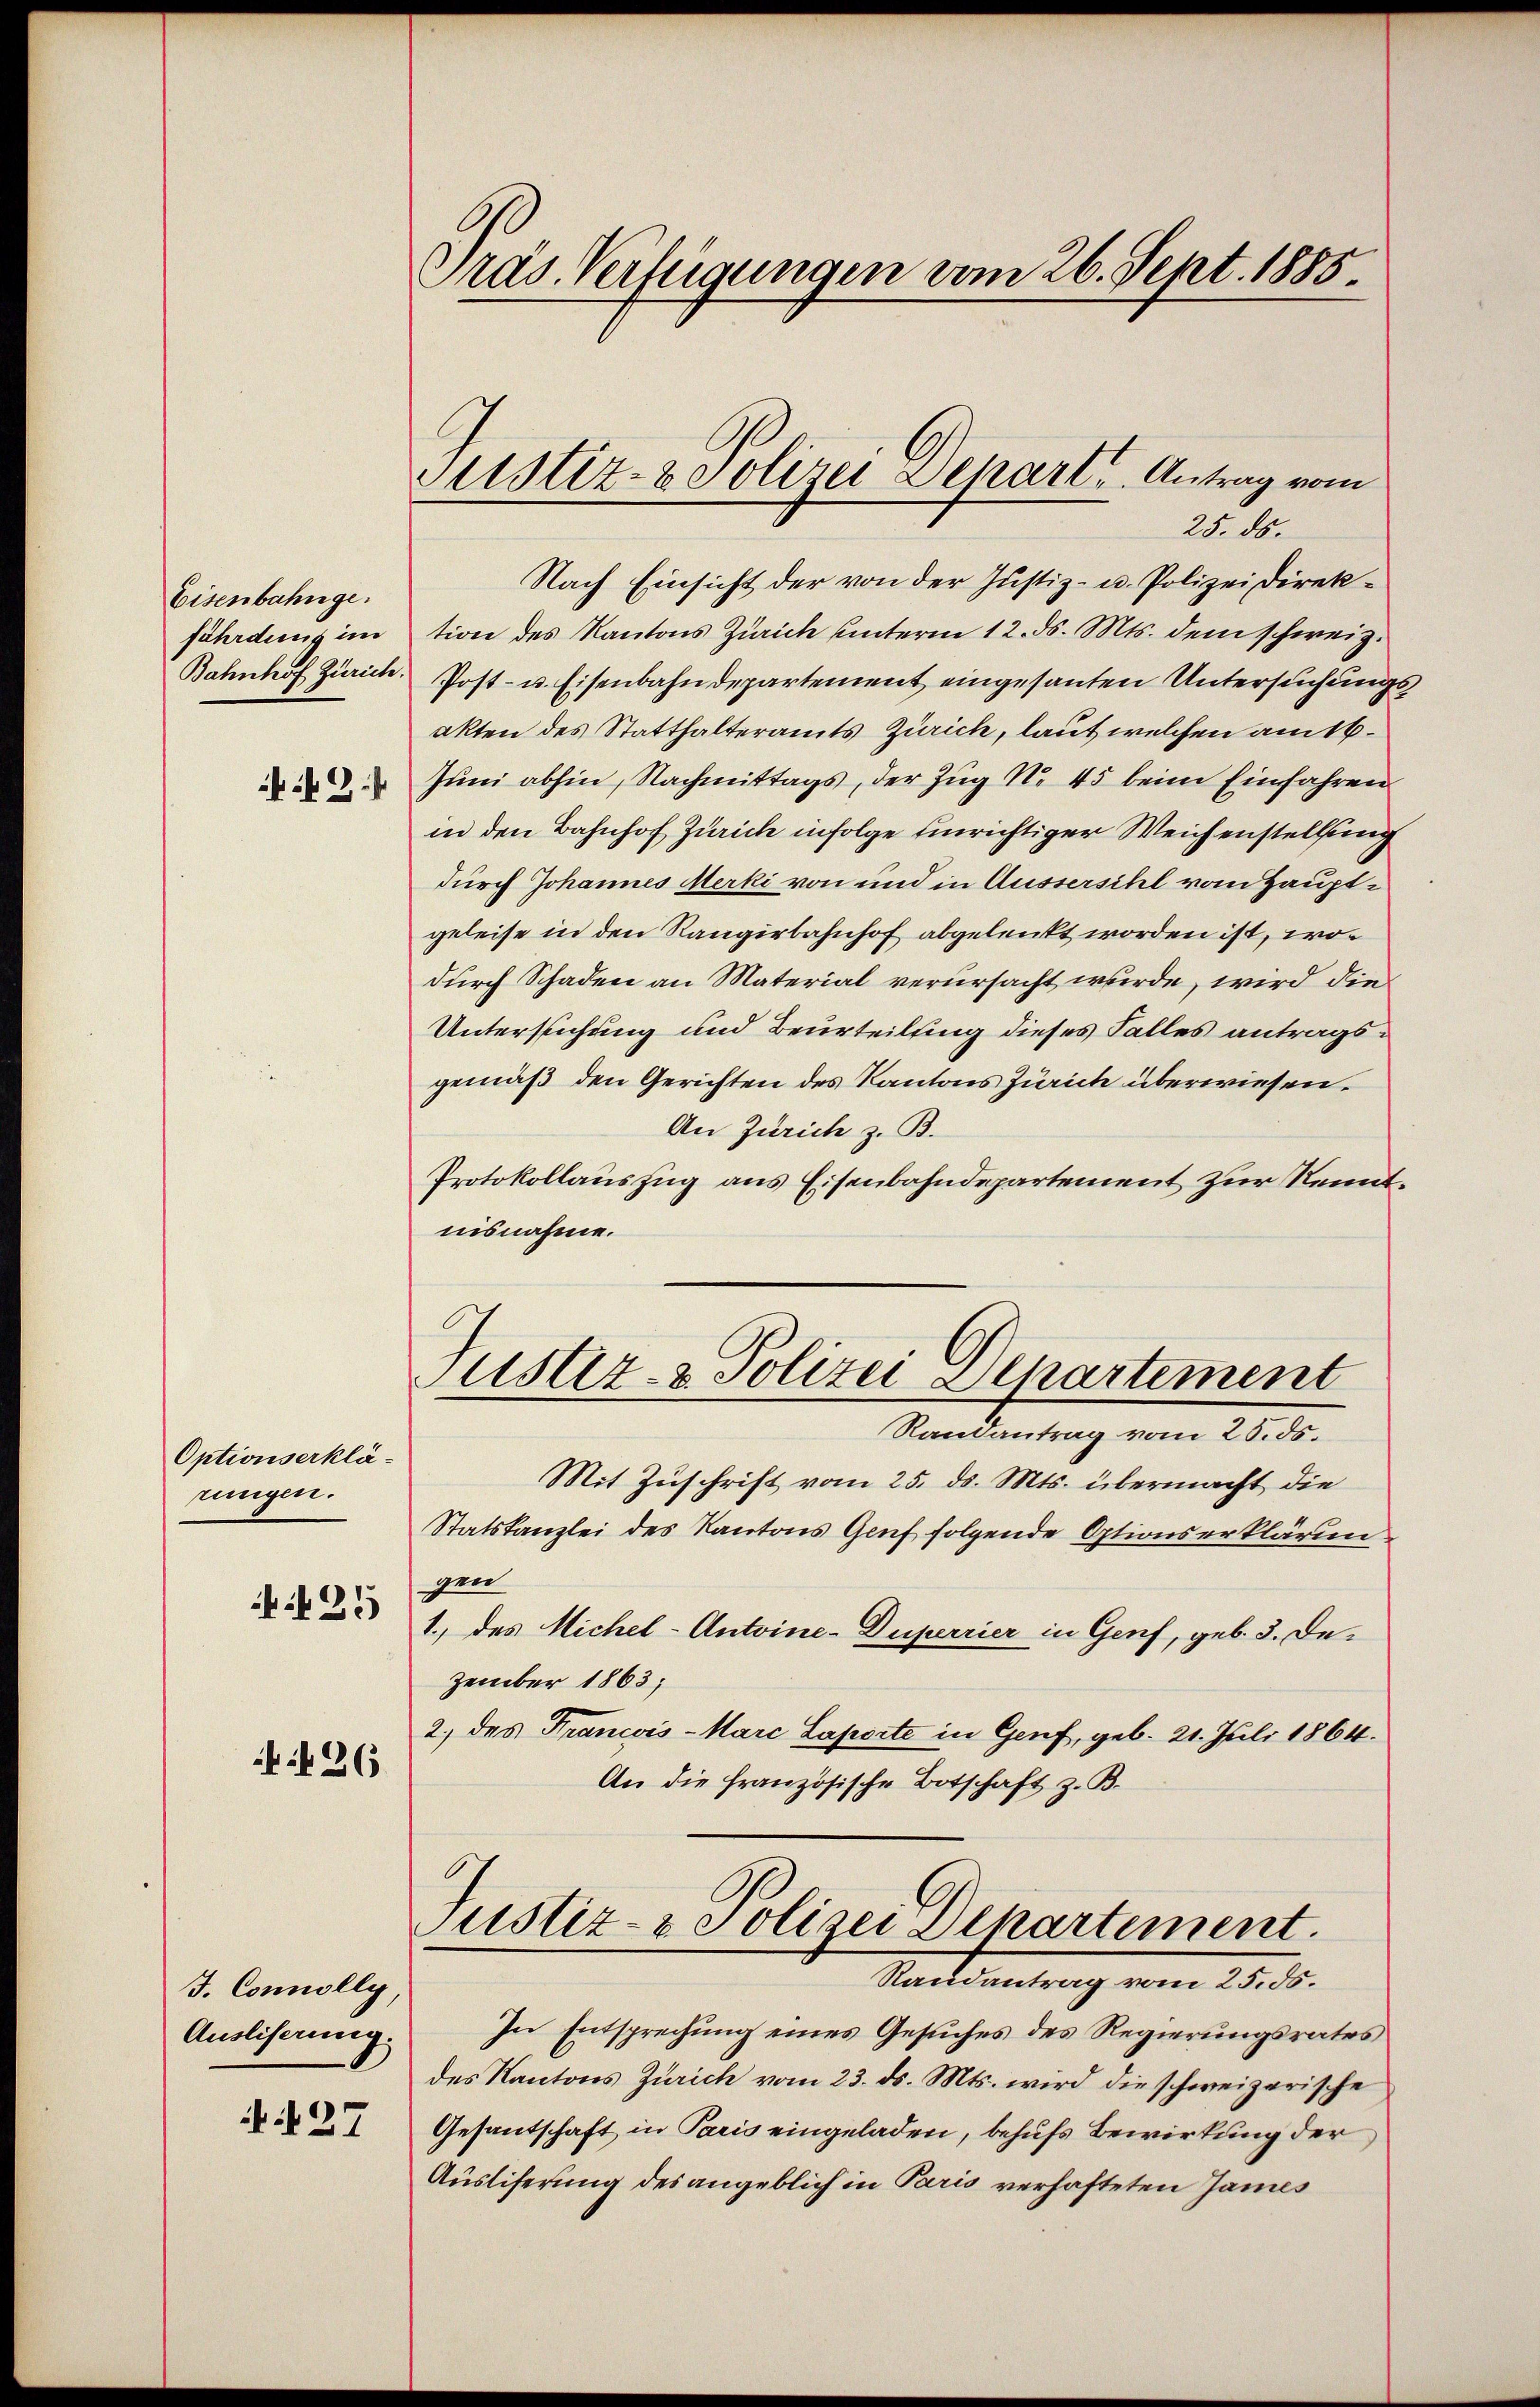
Eisenbahnge.
fährdung im
 12 x

Optionserklärungen.

25

f 26

J. Connolly,
Ausliserung.

i 27

Präs. Verfügungen vom 26. Sept. 1885.

Mstiz- & Polizei Schart, Antrag vom
25. ds.

Nach Einsicht der von der Justiz- u. Polizeidirektion des Kantons Zürich unterm 12. ds. Mts. dem schweiz.
Bahnhof Zürich. Post- u. Eisenbahndepartement eingesanten Untersuchungs
akten des Statthalteramts Zürich, laut welchen am 16.
Juni abhin, Nachmittags, der Zug No. 45 beim Einfahren
in den Bahnhof Zürich infolge Einrichtiger Weichenstellung
durch Johannes Merki von und in Aussersihl vom Hauptgeleise in den Rangirbahnhof abgelenkt worden ist, wodurch Schaden an Material verursacht wurde, wird die
Untersuchung und Beurteilung dieses Falles antragsgemäß den Gerichten des Kantons Zürich überwiesen.
An Zürich z. B.
Protokollauszug aus Eisenbahndepartement zur Kenntnisnahme.

Justiz- & Polizei Departement

Randantrag vom 25. ds.
Mit Zuschrift vom 25. ds. Mts. übermacht die
Statskanzlei des Kantons Gruf folgende Optionserklärun
gen
1.) des Michel-Antoine-Duperrier in Genf, geb. 3. Dezember 1863;
2.) des Francois-Marc Laporte in Genf, geb. 21. Juli 1864.
An die französische Botschaft z. B.

Justiz- & Polizei Departement.
Randantrag vom 25. ds.

In Entsprechung eines Gesuches des Regierungsrates
des Kantons Zürich vom 23. ds. Mts. wird die schweizerische
Gesantschaft in Paris eingeladen, behufs Bewirkung der
Ausliferung des angeblich in Paris verhafteten James